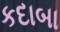
કદાબા